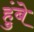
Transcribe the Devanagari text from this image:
हुंबे